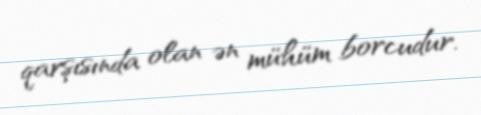
qarşısında olan ən mühüm borcudur.